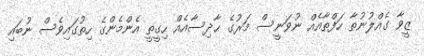
ޒީވާ ގެއްލުނުތާ ހަފްތާއެއް ނުވަނީސް މަރުގެ ޙާދިސާއެއް ހިގީތީ އެންމެންގެ ހިތުގައިވެސް ނުބައި